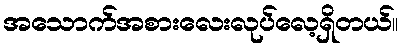
အသောက်အစားလေးလုပ်လေ့ရှိတယ်။